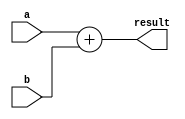
module adder(input [15:0] a, b,
                output [15:0] result);

always@(*)
begin
        result = a + b;
end
endmodule